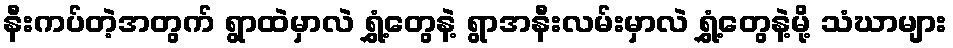
နီးကပ်တဲ့အတွက် ရွာထဲမှာလဲ ရွှံ့တွေနဲ့ ရွာအနီးလမ်းမှာလဲ ရွှံ့တွေနဲ့မို့ သံဃာများ